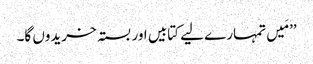
’’مَیں تمہارے لیے کتابیں اور بستہ خریدوں گا۔